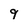
Character: 9